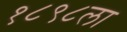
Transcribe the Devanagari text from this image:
१८९८ला